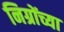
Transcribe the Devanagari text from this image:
निग्रोंच्या